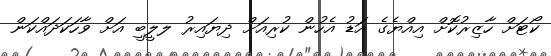
ކޯޓަށް ހާޒިރުކޮށް އިއްޔެގެ އަޑު އެހުން ކުރިއަށް ދިޔައިރު ލލީބީ އަށް ވާހަކަދައްކަން